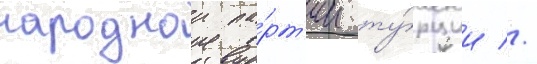
народнои па́рт'ии ту́рции //